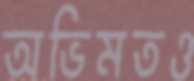
অভিমতও